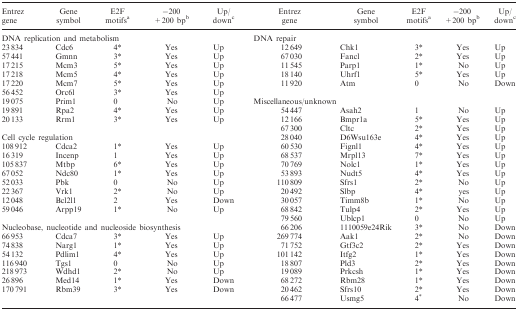
<table><thead><tr><td><b>Entrez gene</b></td><td><b>Gene symbol</b></td><td><b>E2F motifs<sup>a</sup></b></td><td><b>−200 + 200 bp<sup>b</sup></b></td><td><b>Up/ down<sup>c</sup></b></td><td><b>Entrez gene</b></td><td><b>Gene symbol</b></td><td><b>E2F motifs<sup>a</sup></b></td><td><b>−200 + 200 bp<sup>b</sup></b></td><td><b>Up/ down<sup>c</sup></b></td></tr></thead><tbody><tr><td colspan="5">DNA replication and metabolism</td><td colspan="5">DNA repair</td></tr><tr><td>23 834</td><td>Cdc6</td><td>4*</td><td>Yes</td><td>Up</td><td>12 649</td><td>Chk1</td><td>3*</td><td>Yes</td><td>Up</td></tr><tr><td>57 441</td><td>Gmnn</td><td>3*</td><td>Yes</td><td>Up</td><td>67 030</td><td>Fancl</td><td>2*</td><td>Yes</td><td>Up</td></tr><tr><td>17 215</td><td>Mcm3</td><td>5*</td><td>Yes</td><td>Up</td><td>11 545</td><td>Parp1</td><td>1*</td><td>No</td><td>Up</td></tr><tr><td>17 218</td><td>Mcm5</td><td>4*</td><td>Yes</td><td>Up</td><td>18 140</td><td>Uhrf1</td><td>5*</td><td>Yes</td><td>Up</td></tr><tr><td>17 220</td><td>Mcm7</td><td>5*</td><td>Yes</td><td>Up</td><td>11 920</td><td>Atm</td><td>0</td><td>No</td><td>Down</td></tr><tr><td>56 452</td><td>Orc6l</td><td>3*</td><td>Yes</td><td>Up</td><td></td><td></td><td></td><td></td><td></td></tr><tr><td>19 075</td><td>Prim1</td><td>0</td><td>No</td><td>Up</td><td colspan="5">Miscellaneous/unknown</td></tr><tr><td>19 891</td><td>Rpa2</td><td>4*</td><td>Yes</td><td>Up</td><td>54 447</td><td>Asah2</td><td>1</td><td>No</td><td>Up</td></tr><tr><td>20 133</td><td>Rrm1</td><td>3*</td><td>Yes</td><td>Up</td><td>12 166</td><td>Bmpr1a</td><td>5*</td><td>Yes</td><td>Up</td></tr><tr><td></td><td></td><td></td><td></td><td></td><td>67 300</td><td>Cltc</td><td>2*</td><td>Yes</td><td>Up</td></tr><tr><td colspan="5">Cell cycle regulation</td><td>28 040</td><td>D6Wsu163e</td><td>4*</td><td>Yes</td><td>Up</td></tr><tr><td>108 912</td><td>Cdca2</td><td>1*</td><td>Yes</td><td>Up</td><td>60 530</td><td>Fignl1</td><td>4*</td><td>Yes</td><td>Up</td></tr><tr><td>16 319</td><td>Incenp</td><td>1</td><td>Yes</td><td>Up</td><td>68 537</td><td>Mrpl13</td><td>7*</td><td>Yes</td><td>Up</td></tr><tr><td>105 837</td><td>Mtbp</td><td>6*</td><td>Yes</td><td>Up</td><td>70 769</td><td>Nolc1</td><td>1*</td><td>Yes</td><td>Up</td></tr><tr><td>67 052</td><td>Ndc80</td><td>1*</td><td>Yes</td><td>Up</td><td>53 893</td><td>Nudt5</td><td>4*</td><td>Yes</td><td>Up</td></tr><tr><td>52 033</td><td>Pbk</td><td>0</td><td>No</td><td>Up</td><td>110 809</td><td>Sfrs1</td><td>2*</td><td>No</td><td>Up</td></tr><tr><td>22 367</td><td>Vrk1</td><td>2*</td><td>No</td><td>Up</td><td>20 492</td><td>Slbp</td><td>4*</td><td>yes</td><td>Up</td></tr><tr><td>12 048</td><td>Bcl2l1</td><td>2</td><td>Yes</td><td>Down</td><td>30 057</td><td>Timm8b</td><td>1*</td><td>No</td><td>Up</td></tr><tr><td>59 046</td><td>Arpp19</td><td>1*</td><td>No</td><td>Up</td><td>68 842</td><td>Tulp4</td><td>2*</td><td>Yes</td><td>Up</td></tr><tr><td></td><td></td><td></td><td></td><td></td><td>79 560</td><td>Ublcp1</td><td>0</td><td>No</td><td>Up</td></tr><tr><td colspan="5">Nucleobase, nucleotide and nucleoside biosynthesis</td><td>66 206</td><td>1110059e24Rik</td><td>3*</td><td>No</td><td>Down</td></tr><tr><td>66 953</td><td>Cdca7</td><td>3*</td><td>Yes</td><td>Up</td><td>269 774</td><td>Aak1</td><td>2*</td><td>No</td><td>Down</td></tr><tr><td>74 838</td><td>Narg1</td><td>1*</td><td>Yes</td><td>Up</td><td>71 752</td><td>Gtf3c2</td><td>2*</td><td>Yes</td><td>Down</td></tr><tr><td>54 132</td><td>Pdlim1</td><td>4*</td><td>Yes</td><td>Up</td><td>101 142</td><td>Itfg2</td><td>1*</td><td>Yes</td><td>Down</td></tr><tr><td>116 940</td><td>Tgs1</td><td>0</td><td>No</td><td>Up</td><td>18 807</td><td>Pld3</td><td>2*</td><td>Yes</td><td>Down</td></tr><tr><td>218 973</td><td>Wdhd1</td><td>2*</td><td>No</td><td>Up</td><td>19 089</td><td>Prkcsh</td><td>1*</td><td>Yes</td><td>Down</td></tr><tr><td>26 896</td><td>Med14</td><td>1*</td><td>Yes</td><td>Down</td><td>68 272</td><td>Rbm28</td><td>1*</td><td>Yes</td><td>Down</td></tr><tr><td>170 791</td><td>Rbm39</td><td>3*</td><td>Yes</td><td>Down</td><td>20 462</td><td>Sfrs10</td><td>2*</td><td>Yes</td><td>Down</td></tr><tr><td></td><td></td><td></td><td></td><td></td><td>66 477</td><td>Usmg5</td><td>4*</td><td>No</td><td>Down</td></tr></tbody></table>